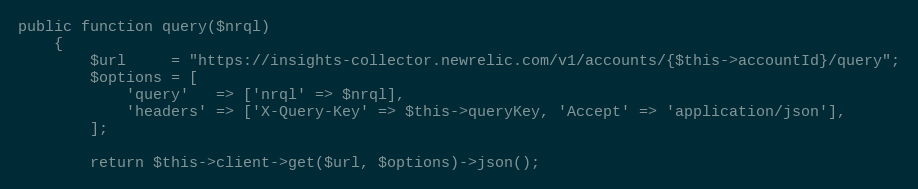
Language: PHP
public function query($nrql)
    {
        $url     = "https://insights-collector.newrelic.com/v1/accounts/{$this->accountId}/query";
        $options = [
            'query'   => ['nrql' => $nrql],
            'headers' => ['X-Query-Key' => $this->queryKey, 'Accept' => 'application/json'],
        ];

        return $this->client->get($url, $options)->json();